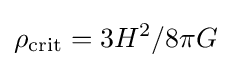
\rho _{\text{crit}}=3H^{2}/8\pi G